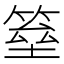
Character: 𱸕